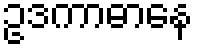
ဥဒကာဓာနေ